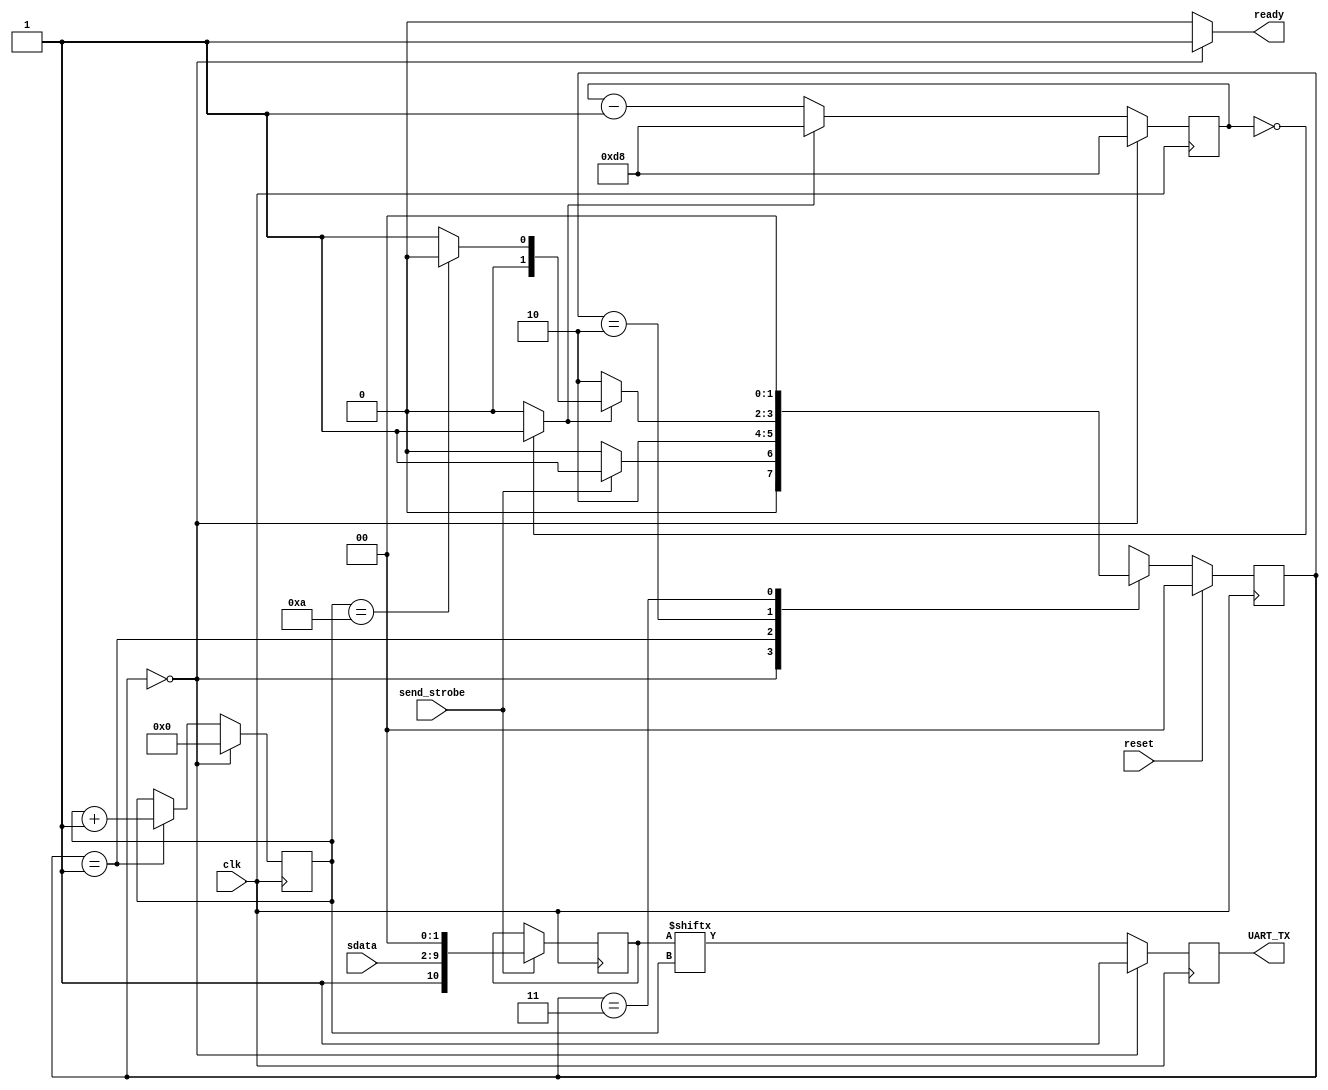
`timescale 1ns / 1ps
//////////////////////////////////////////////////////////////////////////////////
// Company: 
// Engineer: 
// 
// Design Name: 
// Module Name:    raifes_uart 
// Project Name: 
// Target Devices: 
// Tool versions: 
// Description: 
//
// Dependencies: 
//
// Revision: 
// Revision 0.01 - File Created
// Additional Comments: 
//8DataBit and 2 StopBits worked for me (strangely the Terminal tool recognizes 2 stop bits, instead of 1)
//////////////////////////////////////////////////////////////////////////////////
module raifes_uart(
    input reset,
    input clk,
    input [7:0] sdata,
    input send_strobe,
    output ready,
    output UART_TX
    );

//`define	CNT_MAX	16'h0A2B		// = hex(round(50MHz / 9600 Hz)-1)
								//0xA2B is for 25MHz and 9600Baud
`define	CNT_MAX	16'hD8		// F.B 0xD8 is for 25 MHz and 115200Baud

reg	[15:0]	bitTimer;													// keep track of bit time
wire	bitDone;	assign bitDone = (bitTimer == 0) ? 1'b1 : 1'b0;	// signal bit time reached
`define	BIT_INDEX_MAX	10   //14.8. ToBo Bit_INDEX_MAX increased for sending one more bit 
reg	[3:0]		bitIndex;	 // added one more bit to Index register
reg				txBit;
reg	[10:0]		txData;

`define	UART_STATE_READY	2'b00
`define	UART_STATE_LOAD	2'b01
`define	UART_STATE_SEND	2'b10
`define	UART_STATE_ERROR	2'b11

reg	[1:0]	state;
reg	[1:0] next_state;


// state changes
always @(posedge clk) begin
	if(reset) begin
		state <= `UART_STATE_READY;
	end else begin
		state <= next_state;	
	end
end

always @(*) begin
	next_state = `UART_STATE_ERROR;
	case(state) 
		`UART_STATE_READY	: 	next_state = send_strobe ? `UART_STATE_LOAD : `UART_STATE_READY;
		`UART_STATE_LOAD		: 	next_state = `UART_STATE_SEND;
		`UART_STATE_SEND		:	next_state = bitDone ? ((bitIndex == `BIT_INDEX_MAX) ? `UART_STATE_READY : `UART_STATE_LOAD) : `UART_STATE_SEND;
		`UART_STATE_ERROR	:	next_state = `UART_STATE_READY;
		
	endcase
end

// bit timing
always @(posedge clk) begin
	if(state == `UART_STATE_READY) begin
		bitTimer <= `CNT_MAX;
	end else begin
		if(bitDone) begin
			bitTimer <= `CNT_MAX;
		end else begin 
			bitTimer <= bitTimer - 1;
		end		
	end
end

// bit sequencing
always @(posedge clk) begin
	if(state == `UART_STATE_READY) begin
		bitIndex <= 0;
	end else begin
		if(state == `UART_STATE_LOAD) bitIndex <= bitIndex + 1;
	end
end

// data latch 
always @(posedge clk) begin
	if(send_strobe) txData <= {1'b1,sdata,2'b0};
end

// txbit
always @(posedge clk) begin
	if(state == `UART_STATE_READY) begin
		txBit <= 1'b1;
	end else begin
		txBit <= txData[bitIndex];
	end
end

assign UART_TX = txBit;
assign ready = (state == `UART_STATE_READY) ? 1'b1 : 1'b0;

endmodule